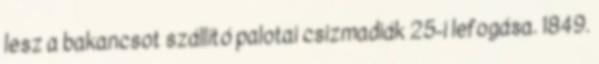
lesz a bakancsot szállító palotai csizmadiák 25-i lefogása. 1849.